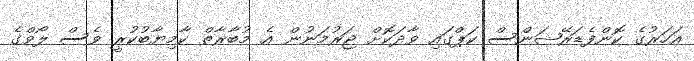
އަހަރުގެ ކޮންފެޑަރޭޝަންސް ކަޕްގައި ވާދަކޮޮށް ޖަރުމަނުން އެ މުބާރާތް ކާމިޔާބުކުރީ ވެސް ލޯވްގެ